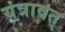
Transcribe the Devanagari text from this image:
यंत्रावत्